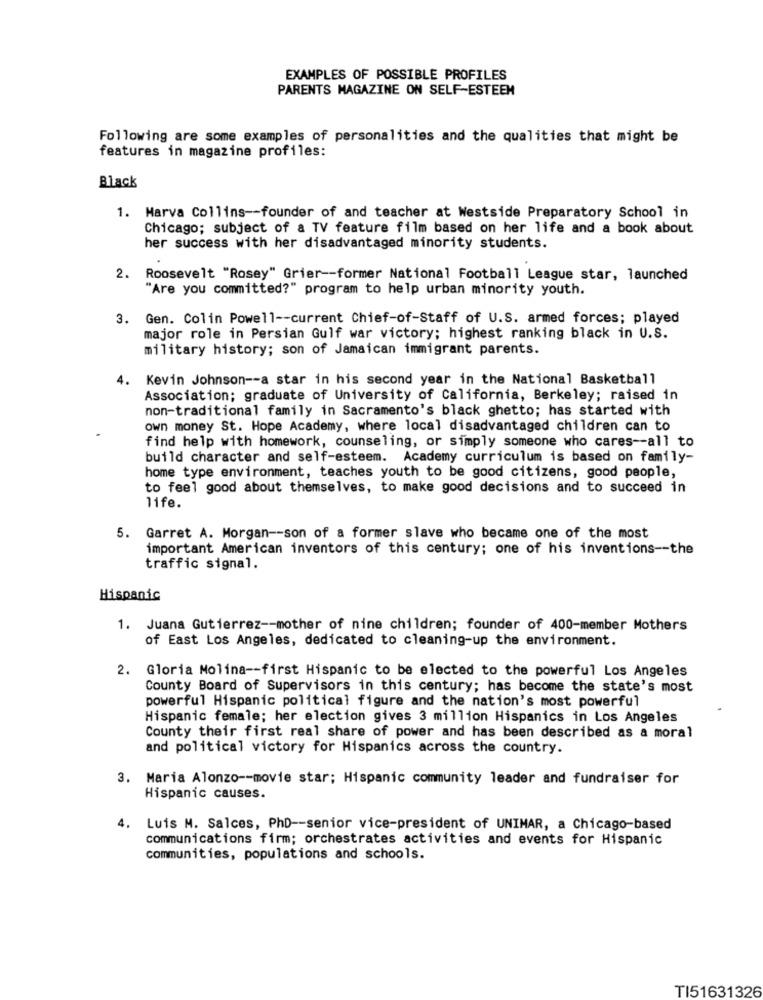
EXAMPLES OF POSSIBLE PROFILES
PARENTS MAGAZINE ON SELF-ESTEEM
Following are some examples of personalities and the qualities that might be
features in magazine profiles:
Black
1. Marva Collins -- founder of and teacher at Westside Preparatory School in
Chicago; subject of a TV feature film based on her life and a book about
her success with her disadvantaged minority students.
2. Roosevelt "Rosey" Grier -- former National Football League star, launched
"Are you committed?" program to help urban minority youth.
3. Gen. Colin Powell -- current Chief-of-Staff of U.S. armed forces; played
major role in Persian Gulf war victory; highest ranking black in U.S.
military history; son of Jamaican immigrant parents.
4. Kevin Johnson -- a star in his second year in the National Basketball
Association; graduate of University of California, Berkeley; raised in
non-traditional family in Sacramento's black ghetto; has started with
own money St. Hope Academy, where local disadvantaged children can to
find help with homework, counseling, or simply someone who cares -- all to
build character and self-esteem. Academy curriculum is based on family-
home type environment, teaches youth to be good citizens, good people,
to feel good about themselves, to make good decisions and to succeed in
life.
5. Garret A. Morgan -- son of a former slave who became one of the most
important American inventors of this century; one of his inventions -- the
traffic signal.
Hispanic
1. Juana Gutierrez -- mother of nine children; founder of 400-member Mothers
of East Los Angeles, dedicated to cleaning-up the environment.
2.
Gloria Molina -- first Hispanic to be elected to the powerful Los Angeles
County Board of Supervisors in this century; has become the state's most
powerful Hispanic political figure and the nation's most powerful
Hispanic female; her election gives 3 million Hispanics in Los Angeles
County their first real share of power and has been described as a moral
and political victory for Hispanics across the country.
3. Maria Alonzo -- movie star; Hispanic community leader and fundraiser for
Hispanic causes.
4. Luis M. Salces, PhD -- senior vice-president of UNIMAR, a Chicago-based
communications firm; orchestrates activities and events for Hispanic
communities, populations and schools.
TI51631326